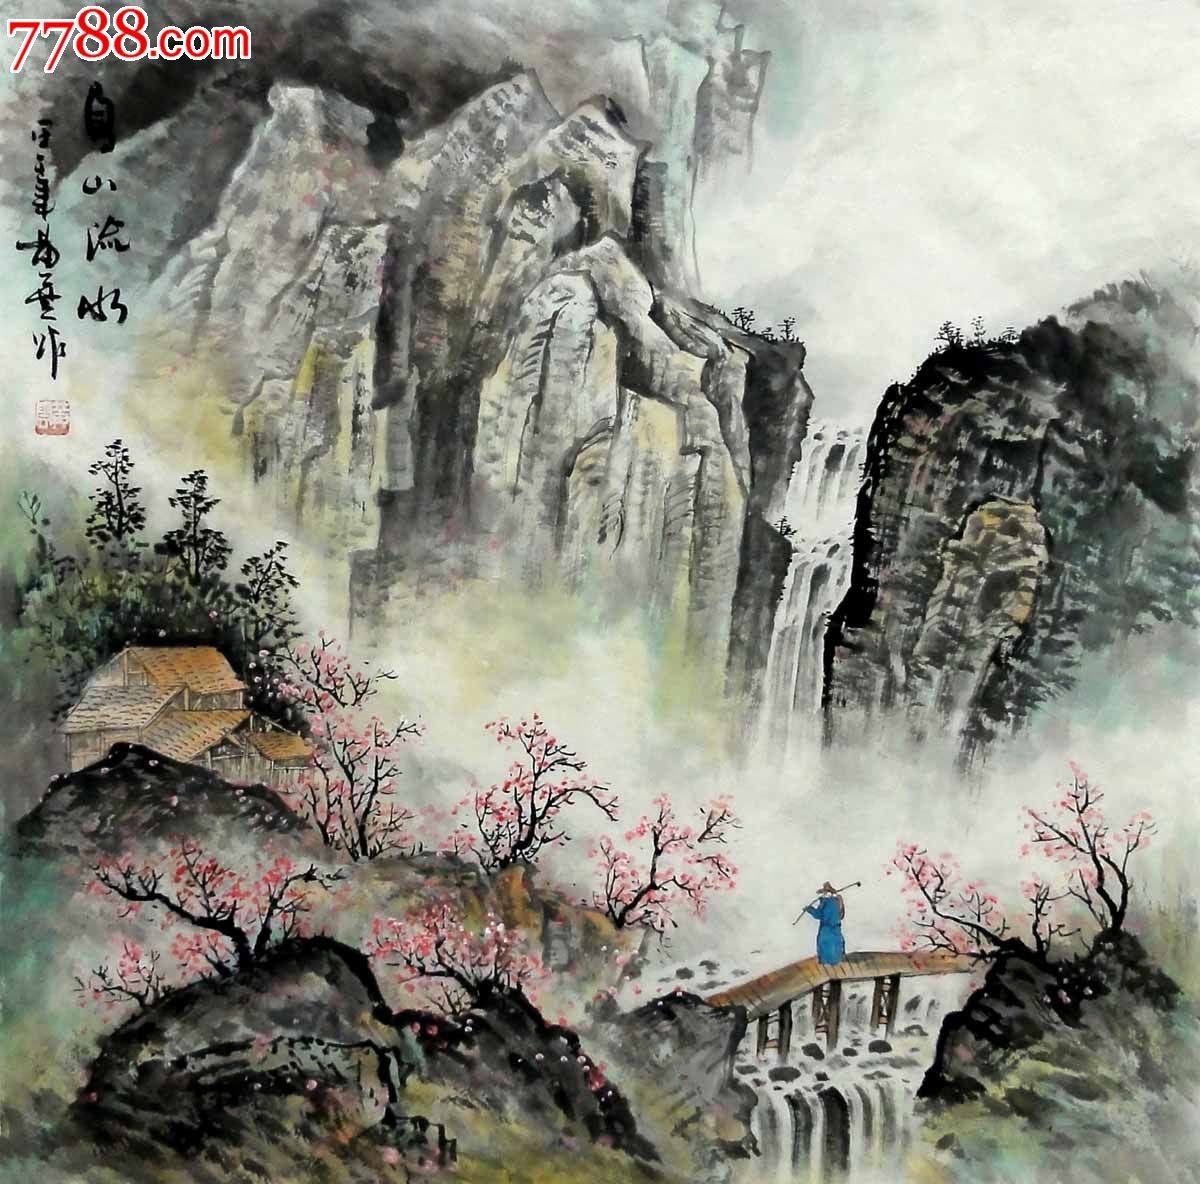
漠漠黄云，湿透木棉裘。